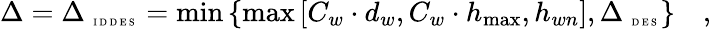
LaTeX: \Delta=\Delta_{\mathrm{~\tiny~I~D~D~E~S~}}=\operatorname*{min}\left\{ {\operatorname*{max}\left[{C_{w}\cdot d_{w},C_{w}\cdot h_{\operatorname*{max}},h_{wn}}\right],\Delta_{\mathrm{~\tiny~D~E~S~}}}\right\} \quad,